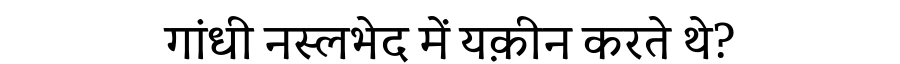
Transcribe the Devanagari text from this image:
गांधी नस्लभेद में यक़ीन करते थे?